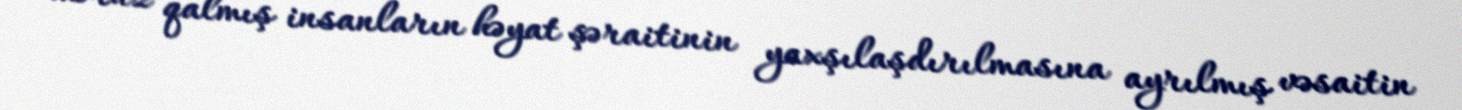
məruz qalmış insanların həyat şəraitinin yaxşılaşdırılmasına ayrılmış vəsaitin